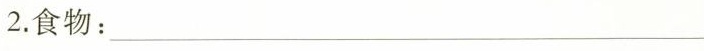
2.食物：—————————————